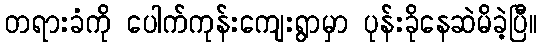
တရားခံကို ပေါက်ကုန်းကျေးရွာမှာ ပုန်းခိုနေဆဲမိခဲ့ပြီ။